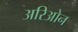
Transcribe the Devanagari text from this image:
अरिओन